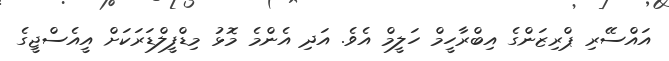
އައްސޭރި ޕްރިޒަންގެ އިބްރާހީމް ހަލީމް އެވެ. އަދި އެންމެ މޮޅު މިޑްފީލްޑަރަކަށް އީއެސްޖީގެ